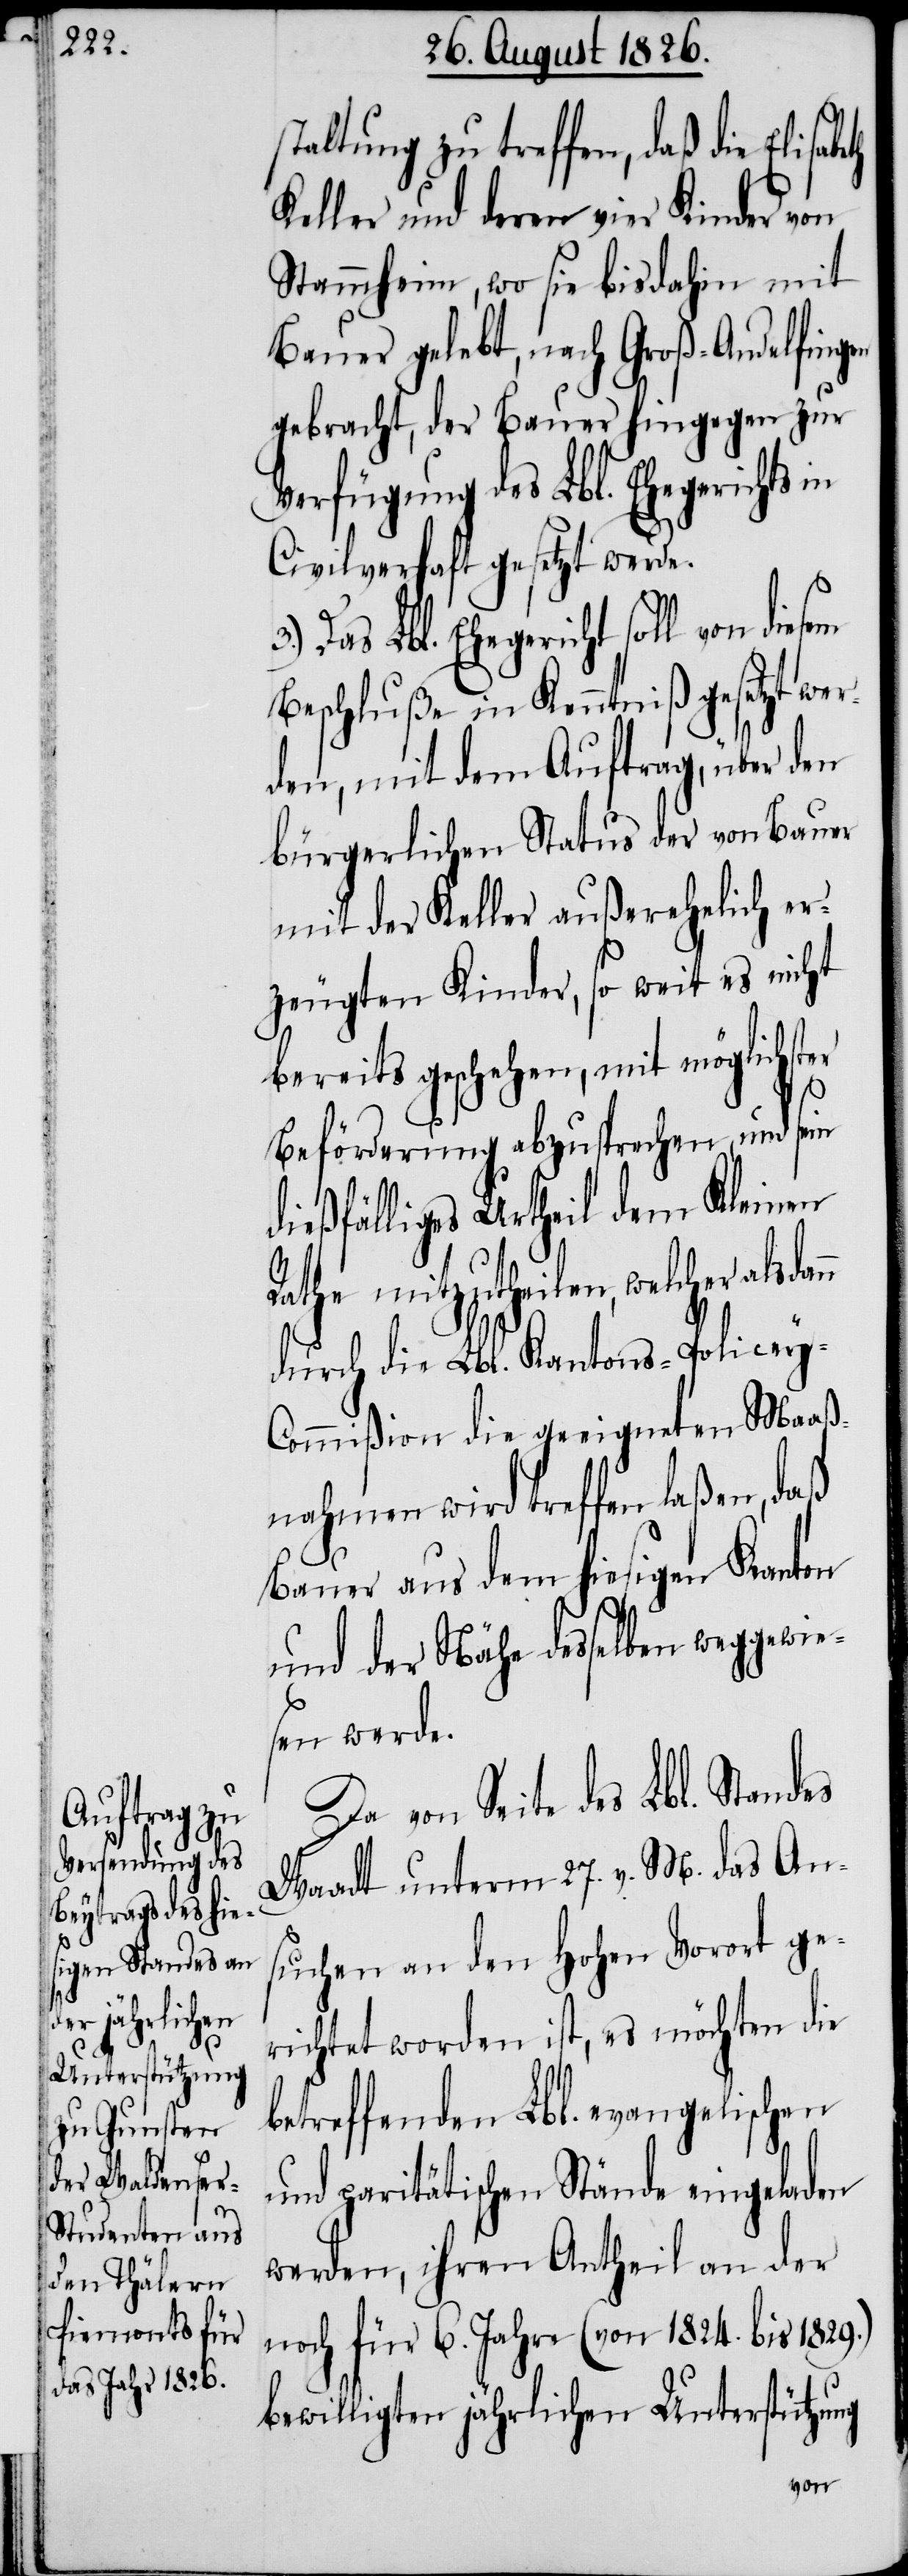
y-C¬

staltung zu treffen, daß die Elisab¬
Keller und deren vier Kinder von
Stammheim, wo sie bis dahin mit
Bauer gelebt, nach Groß-Andelfingen
gebracht, der Bauer hingegen zur
Verfügung des Lbl. Ehegerichts in
Civilverhaft gesetzt werde.
Das Lbl. Ehegericht soll von diesem
Beschluße in Kenntniß gesetzt wer¬
den, mit dem Auftrag, über den
bürgerlichen Status der von Bauer
mit der Keller außerehelich er¬
zeugten Kinder, so weit es nicht
bereits geschehen, mit möglichster
Beförderung abzusprechen, und sein
dießfälliges Urtheil dem Kleinen
Rathe mitzutheilen, welcher alsda¬
durch die Lbl. Kantons-Police¬
ommißion die geeigneten Maaß¬
nahmen wird treffen laßen, daß
Bauer aus dem hiesigen Kanton
und der Nähe desselben weggewie¬
sen werde.
Standes unterm 27. v. M. das An¬
suchen an den hohen Vorort ge¬
richtet worden ist, es möchten die
betreffenden Lbl. evangelischen
und paritätischen Stände eingeladen
werden, ihren Antheil an der
noch für 6. Jahre (von 1824. bis 1829.)
bewilligten jährlichen Unterstützung
von